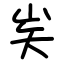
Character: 㞺